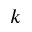
k